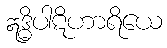
ဣဒ္ဓိပါဋိဟာရိယေ